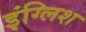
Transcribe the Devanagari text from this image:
इंग्‍लिश